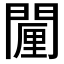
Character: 𮤗